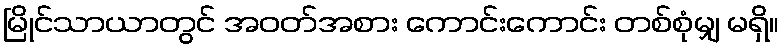
မြိုင်သာယာတွင် အဝတ်အစား ကောင်းကောင်း တစ်စုံမျှ မရှိ။